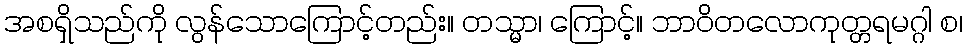
အစရှိသည်ကို လွန်သောကြောင့်တည်း။ တသ္မာ၊ ကြောင့်။ ဘာဝိတလောကုတ္တရမဂ္ဂါ စ၊